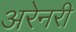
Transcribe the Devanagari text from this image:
अरेनरी